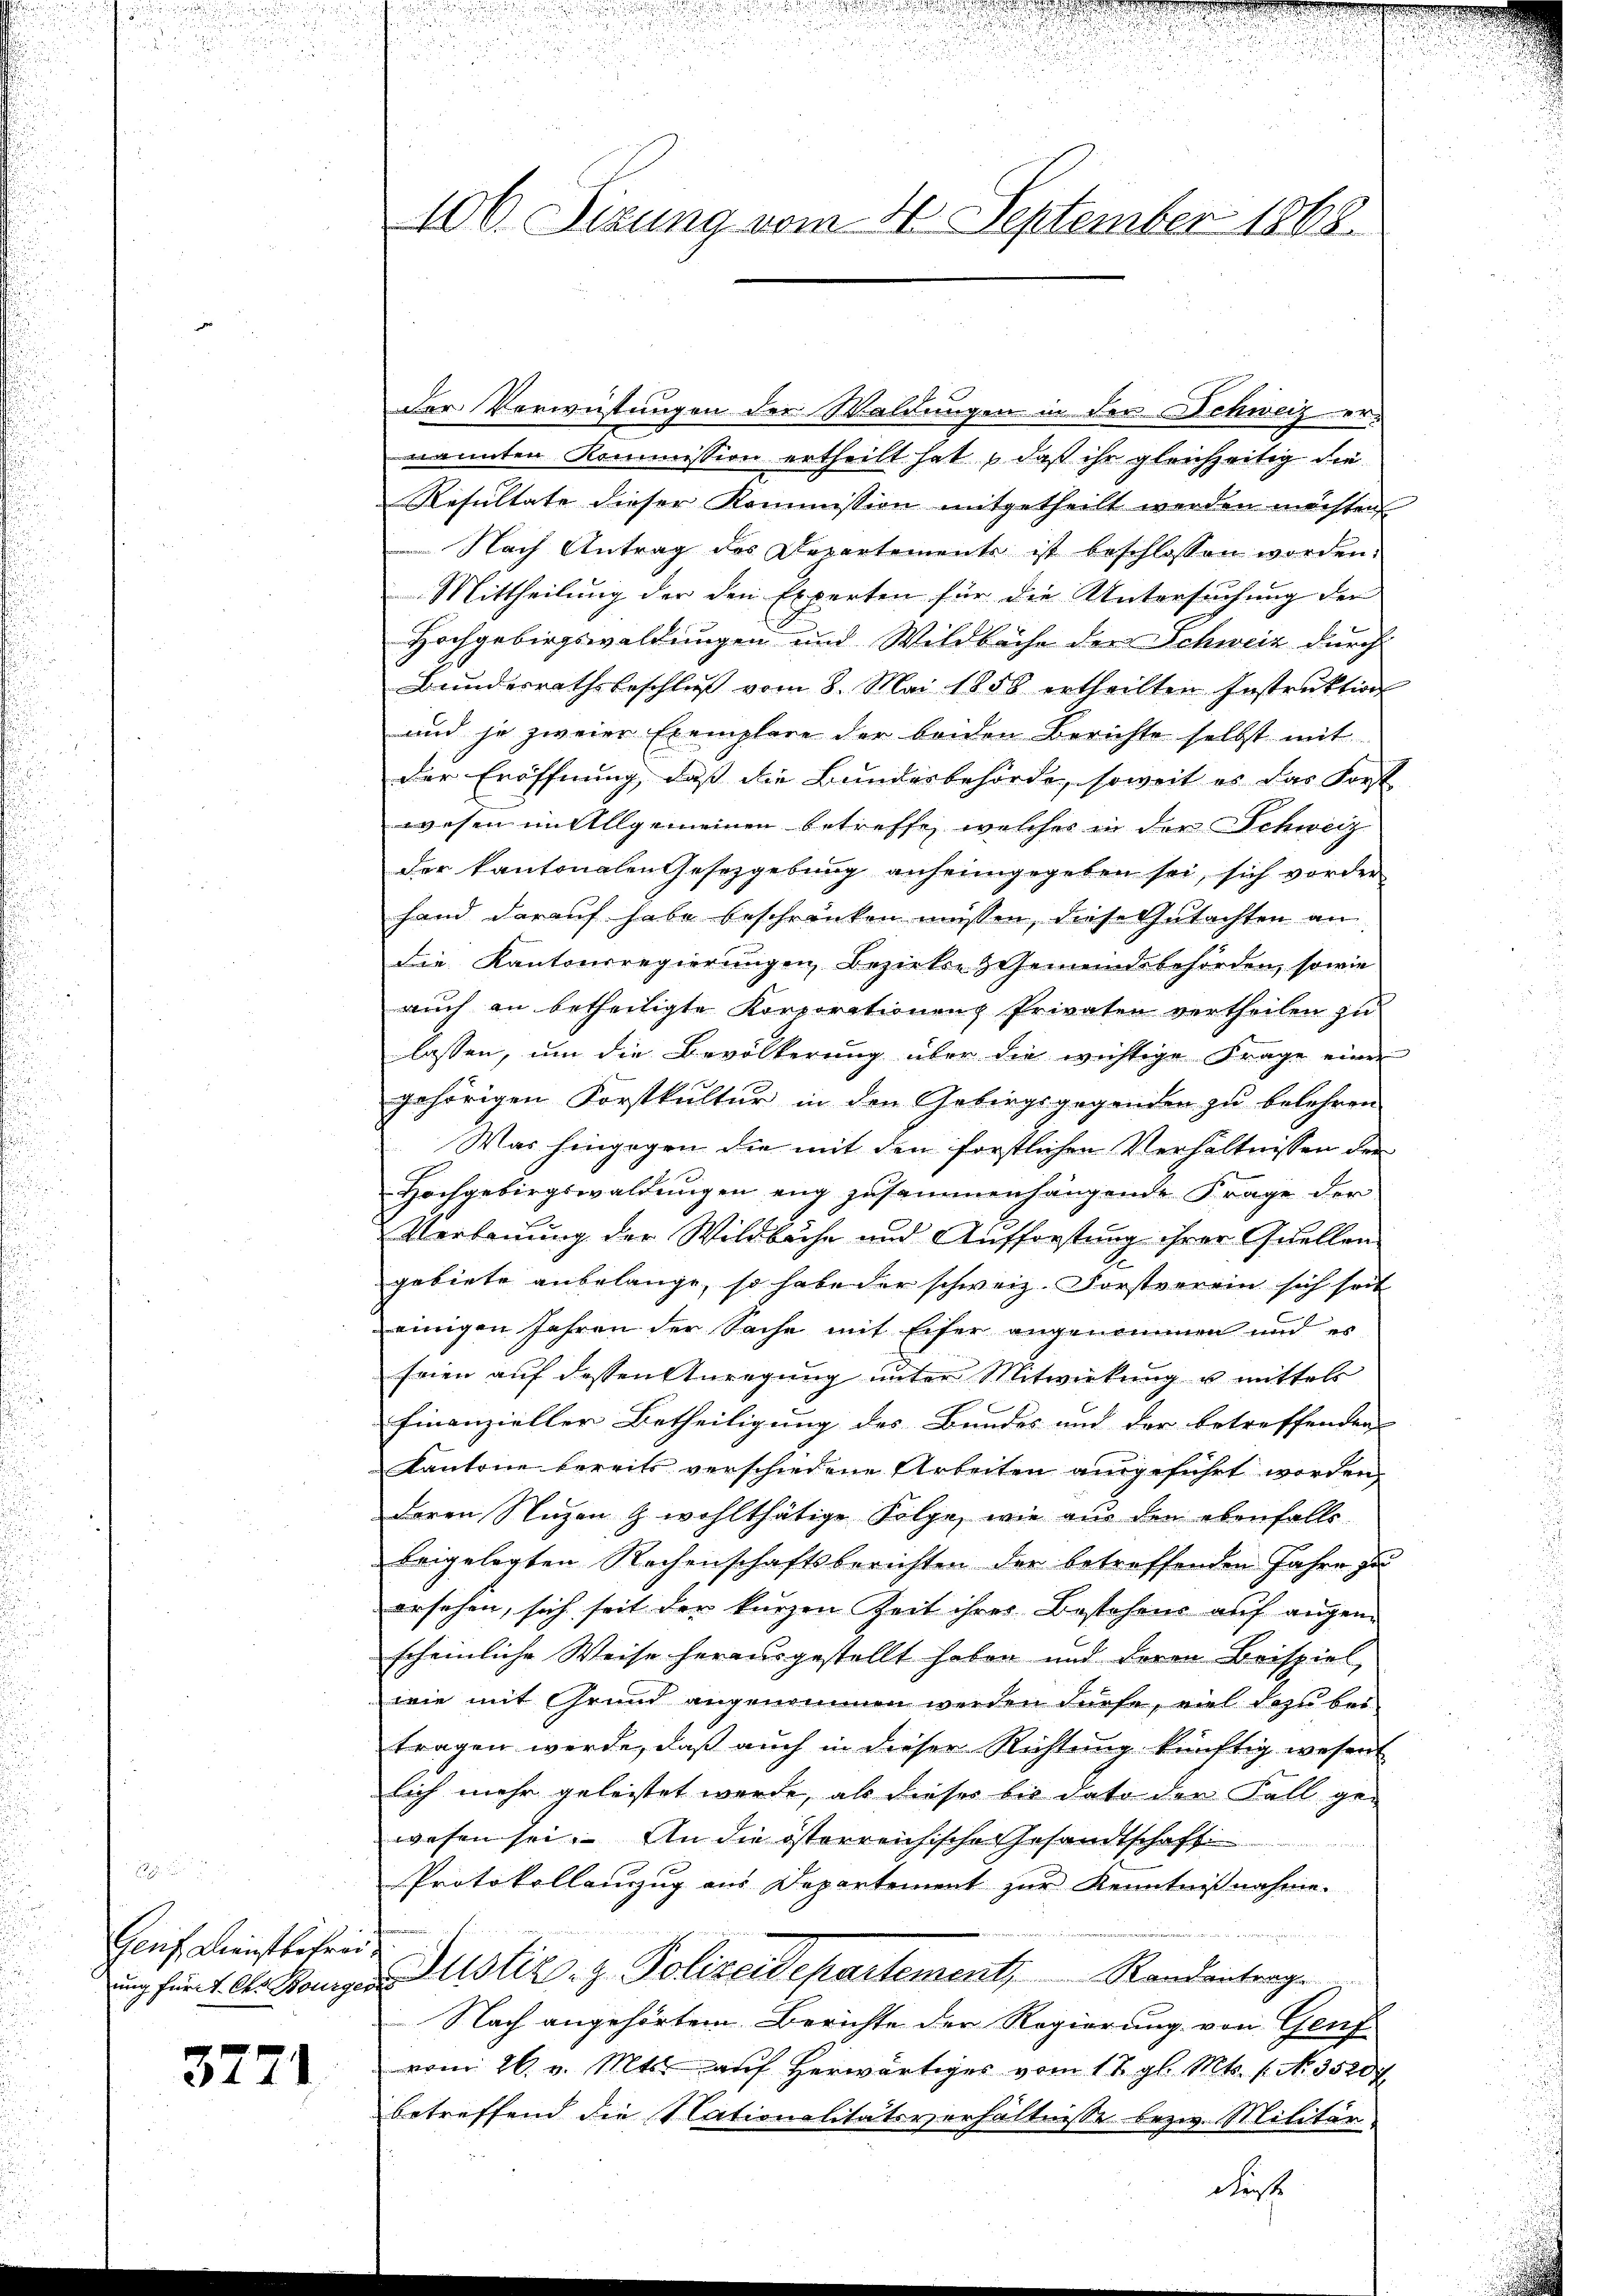
Gauf Dienstbefrid

3271

106. Sizung vom 4. September 1868.

der Verwüstungen der Waldungen in der Schweizernannten Kommission ertheilt hat, daß ihr gleichzeitig die
Resultate dieser Kommission mitgetheilt werden möchten
Nach Antrag des Departements ist beschlossen worden.
Mittheilung der den Experten für die Untersuchung der
Hochgebirgswaldungen und Wildbache der Schweiz durch
Bunderrathsbeschluß vom 8. Mai 1858 ertheilten Instruktion
und je zweier Exemplare der beiden Berichte selbst mit
der Eröffnung, daß die Bundesbehörde, soweit es das Forst
wesen im Allgemeinen betreffe, welcher in der Schweiz
der kantonalen Gesetzgebung anheimgegeben sei, sich vorder
hand darauf habe beschränken müssen, diese Gutachten an
die Kantonsregierungen, Bezirken & Gemeindsbehörden, sowie
auch an betheiligte Korporationen Privaten vertheilen zu
lassen, um die Bevölkerung über die wichtige Frage einer
gehörigen Forstkultur in den Gebirgsgegenden zu belehren
Was hingegen die mit den forstlichen Verhältnissen der
Hochgebirgswaldungen eng zusammenhängende Frage der
Verbauung der Wildbache und Aufforstung ihrer Quellengebiete anbelange, so habe der schweiz. Vorstverein sich seit
einigen Jahren der Sache mit Eifer angenommen und er
feien auf dessen Anregung unter Mitwirkung u mittels
finanzieller Betheiligung des Bundes und der betreffenden
Kantone bereits verschiedene Arbeiten ausgeführt worden,
deren Nuzen & wohlthätige Folge, wie aus den ebenfalls
beigelegten Rechenschaftsberichten der betreffenden Jahre zu
ersehen, sich seit der kurzen Zeit ihres Bestehens auf angene
scheinliche Weise herausgestellt haben und deren Beispiel,
wie mit Grund angenommen werden dürfe, viel dazu bei
tragen werde, daß auch in dieser Richtung künftig wesent
lich mehr geleistet werde, als dieses bis dato der Fall gewesen sei. An die österreichische Gesandtschaft
Protokollenzug aus Departement zur Kenntnißnahme.
ung für 4. Okt. Honiger ustiz- & Polizeidepartement, Randantrage
Nach angehörtem Berichte der Regierung von Genf
vom 26. v. Mts. auf herwärtiges vom 17. gl. Mts. f. N. 3520 f
betreffend die Nationalitätsverhältnisse bezw. Militär-
Fesse

u